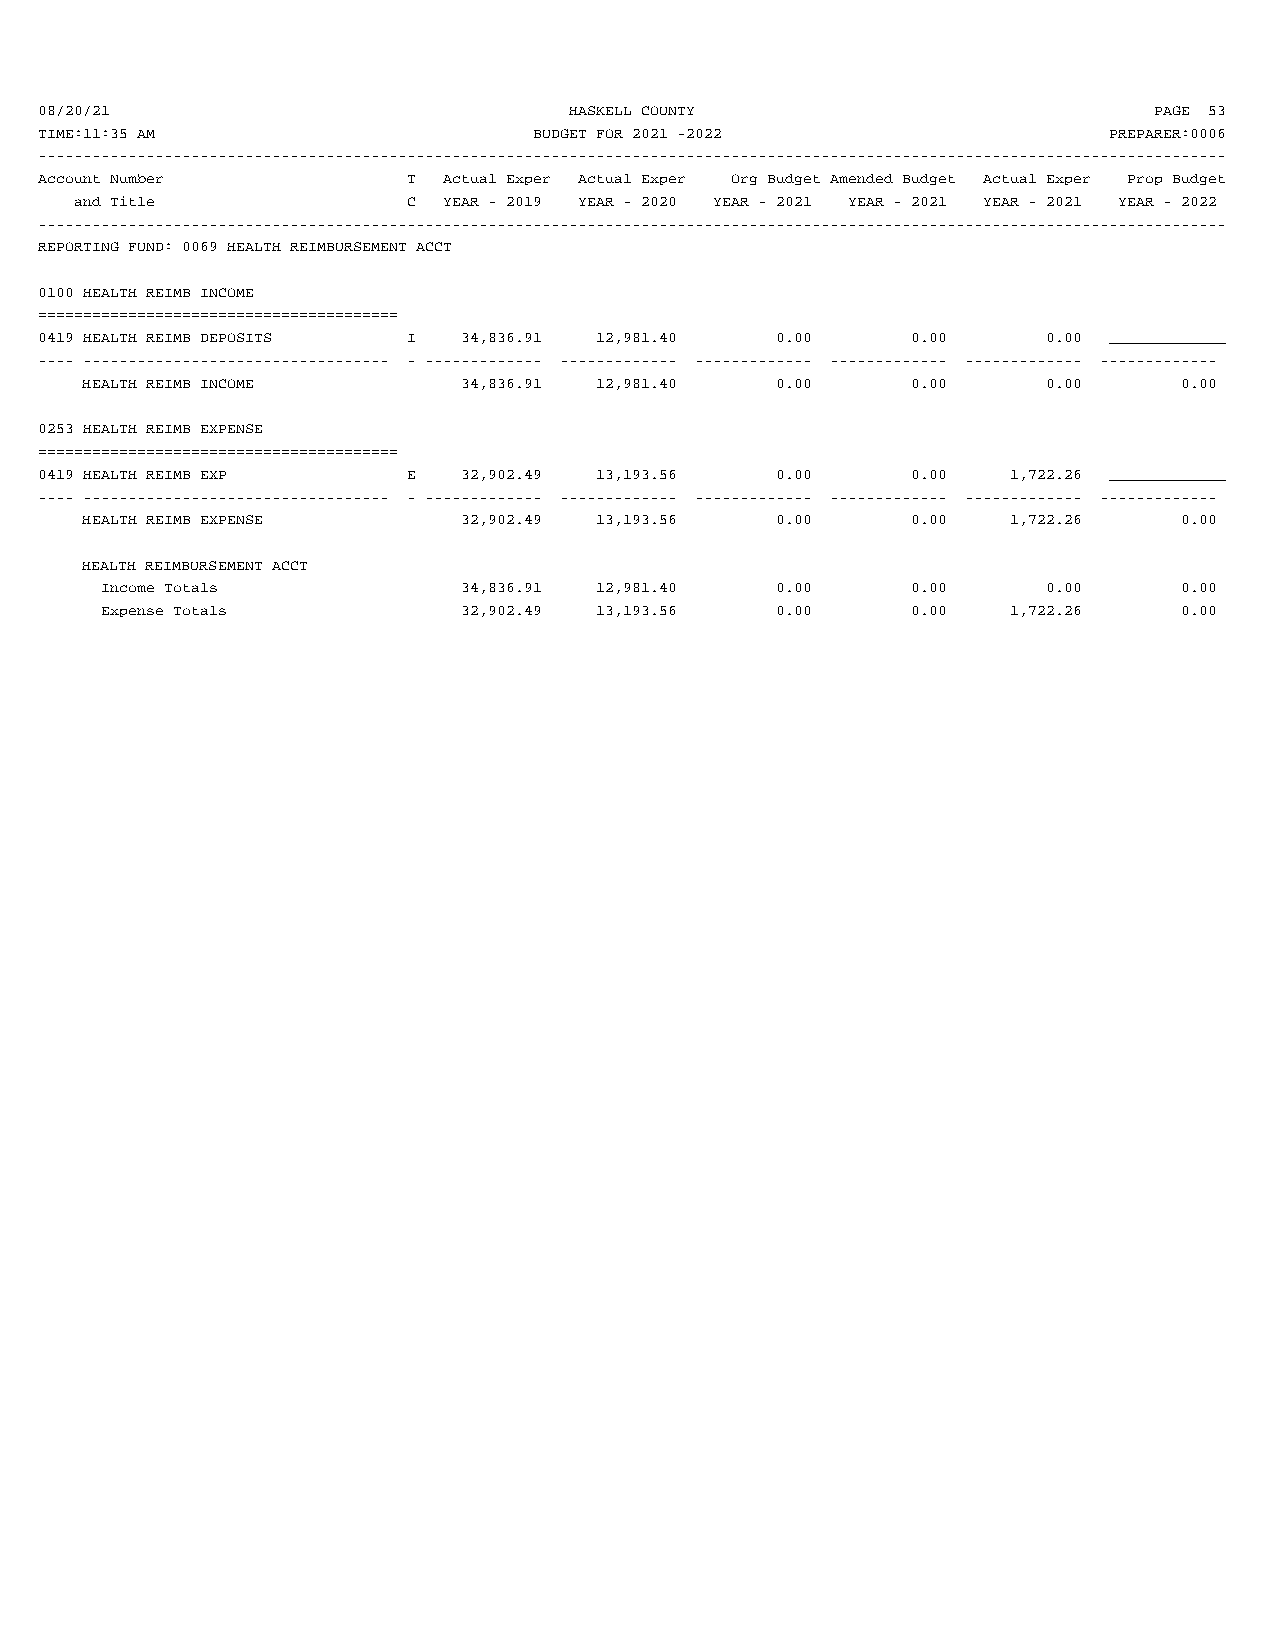
08/20/21                            HASKELL COUNTY                        PAGE 53
 TIME:11:35 AM                    BUDGET FOR 2021 -2022                 PREPARER:0006
 ------------------------------------------------------------------------------------------------------------------------------------
 Account Number           T Actual Exper Actual Exper Org Budget Amended Budget Actual Exper Prop Budget
 and Title             C YEAR - 2019 YEAR - 2020 YEAR - 2021 YEAR - 2021 YEAR - 2021 YEAR - 2022
 ------------------------------------------------------------------------------------------------------------------------------------
 REPORTING FUND: 0069 HEALTH REIMBURSEMENT ACCT
 0100 HEALTH REIMB INCOME
 ========================================
 0419 HEALTH REIMB DEPOSITS I 34,836.91 12,981.40 0.00     0.00     0.00 _____________
 ---- ---------------------------------- - ------------- ------------- ------------- ------------- ------------- -------------
 HEALTH REIMB INCOME      34,836.91 12,981.40  0.00     0.00     0.00     0.00
 0253 HEALTH REIMB EXPENSE
 ========================================
 0419 HEALTH REIMB EXP    E  32,902.49 13,193.56  0.00     0.00   1,722.26 _____________
 ---- ---------------------------------- - ------------- ------------- ------------- ------------- ------------- -------------
 HEALTH REIMB EXPENSE     32,902.49 13,193.56  0.00     0.00   1,722.26   0.00
 HEALTH REIMBURSEMENT ACCT
 Income Totals          34,836.91 12,981.40  0.00     0.00     0.00     0.00
 Expense Totals         32,902.49 13,193.56  0.00     0.00   1,722.26   0.00